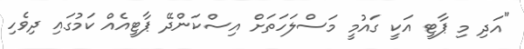
"އަދި މި ޕާޓީ އަކީ ގައުމީ މަސްލަހަތަށް އިސްކަންދޭ ޕާޓީއެއް ކަމުގައި ދިވެހި